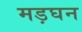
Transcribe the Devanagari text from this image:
मड़घन